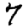
Digit: 7